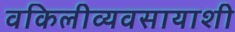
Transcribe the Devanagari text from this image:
वकिलीव्यवसायाशी